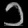
Digit: ၁